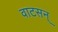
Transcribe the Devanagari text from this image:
वाटसन्